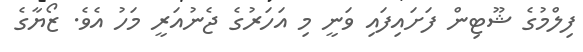
ފިލްމުގެ ޝޫޓިން ފަށައިފައި ވަނީ މި އަހަރުގެ ޖެނުއަރީ މަހު އެވެ. ޒޯޔާގެ